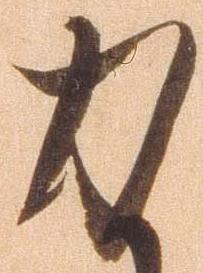
力